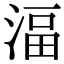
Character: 湢